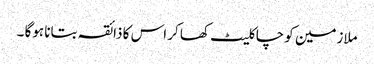
ملازمین کو چاکلیٹ کھا کر اس کا ذائقہ بتانا ہوگا ۔